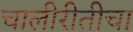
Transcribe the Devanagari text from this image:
चालीरीतीचा